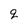
Character: q